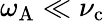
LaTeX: \omega_{\mathrm{A}}\ll\nu_{\mathrm{c}}